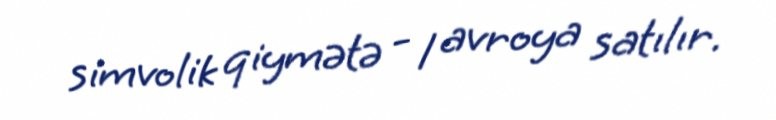
simvolik qiymətə - 1 avroya satılır.